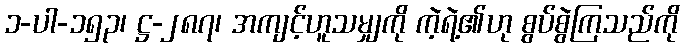
၁-ပါ-၁၅၃၊ ဋ္ဌ-၂၈၇၊ အကျင့်ဟူသမျှကို ကဲ့ရဲ့၏ဟု စွပ်စွဲကြသည်ကို